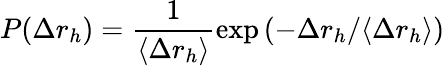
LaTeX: P(\Delta r_{h})=\frac{1}{\langle\Delta r_{h}\rangle}\exp{(-\Delta r_{h}/\langle\Delta r_{h}\rangle)}